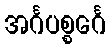
အင်္ဂပစ္စင်္ဂေ